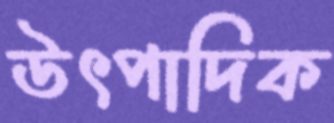
উৎপাদিক